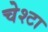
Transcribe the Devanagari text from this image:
चेश्टा